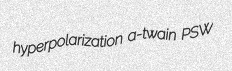
hyperpolarization a-twain PSW